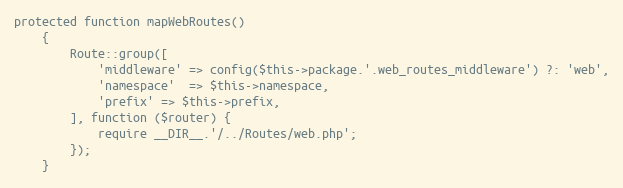
Language: PHP
protected function mapWebRoutes()
    {
        Route::group([
            'middleware' => config($this->package.'.web_routes_middleware') ?: 'web',
            'namespace'  => $this->namespace,
            'prefix' => $this->prefix,
        ], function ($router) {
            require __DIR__.'/../Routes/web.php';
        });
    }